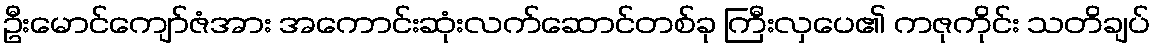
ဦးမောင်ကျော်ဇံအား အကောင်းဆုံးလက်ဆောင်တစ်ခု ကြီးလှပေ၏ ကဇုကိုင်း သတိချပ်